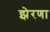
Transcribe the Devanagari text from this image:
झेरणा